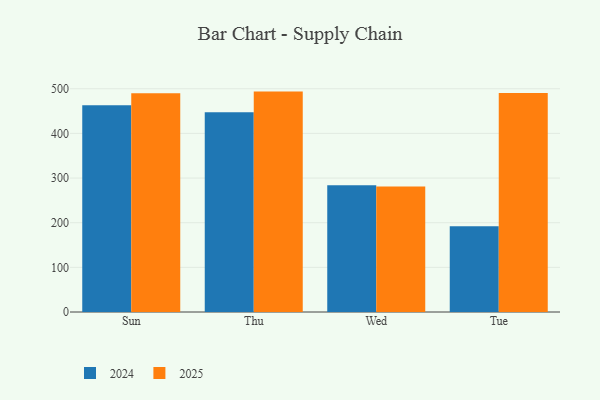
{"axis": {"x": "Day", "y": "Page Views"}, "legend": ["2024", "2025"], "data": [{"x": "Sun", "y": 462.8, "type": "2024"}, {"x": "Sun", "y": 489.9, "type": "2025"}, {"x": "Thu", "y": 447.5, "type": "2024"}, {"x": "Thu", "y": 493.6, "type": "2025"}, {"x": "Wed", "y": 283.7, "type": "2024"}, {"x": "Wed", "y": 280.8, "type": "2025"}, {"x": "Tue", "y": 192.0, "type": "2024"}, {"x": "Tue", "y": 490.3, "type": "2025"}]}